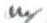
m/